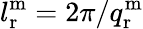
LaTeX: l_{\mathrm{r}}^{\mathrm{m}}=2\pi/q_{\mathrm{r}}^{\mathrm{m}}